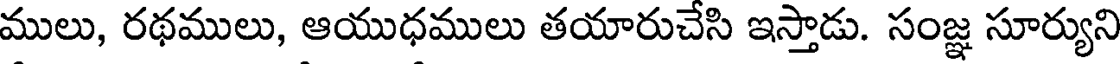
ములు, రథములు, ఆయుధములు తయారుచేసి ఇస్తాడు. సంజ్ఞ సూర్యుని